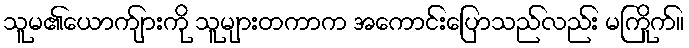
သူမ၏ယောက်ျားကို သူများတကာက အကောင်းပြောသည်လည်း မကြိုက်။